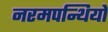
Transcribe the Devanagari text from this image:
नरमपन्थियों